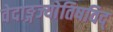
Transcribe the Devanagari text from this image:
वेदाङ्गज्याेतिषविद्